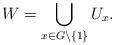
LaTeX: \begin{align*}W = \bigcup_{x \in G \setminus \{1\}} U_x.\end{align*}